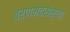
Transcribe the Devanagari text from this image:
वर्णभेदसंस्था